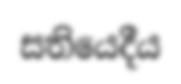
සතියෙදීය